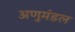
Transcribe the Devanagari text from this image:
अणुमंडल